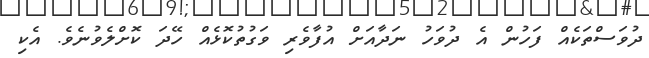
ދުވަސްތަކެއް ފަހުން އެ ދުވަހު ނަދާއަށް އުފާވެރި ވަގުތުކޮޅެއް ހޭދަ ކޮށްލެވުނެވެ. އެކި